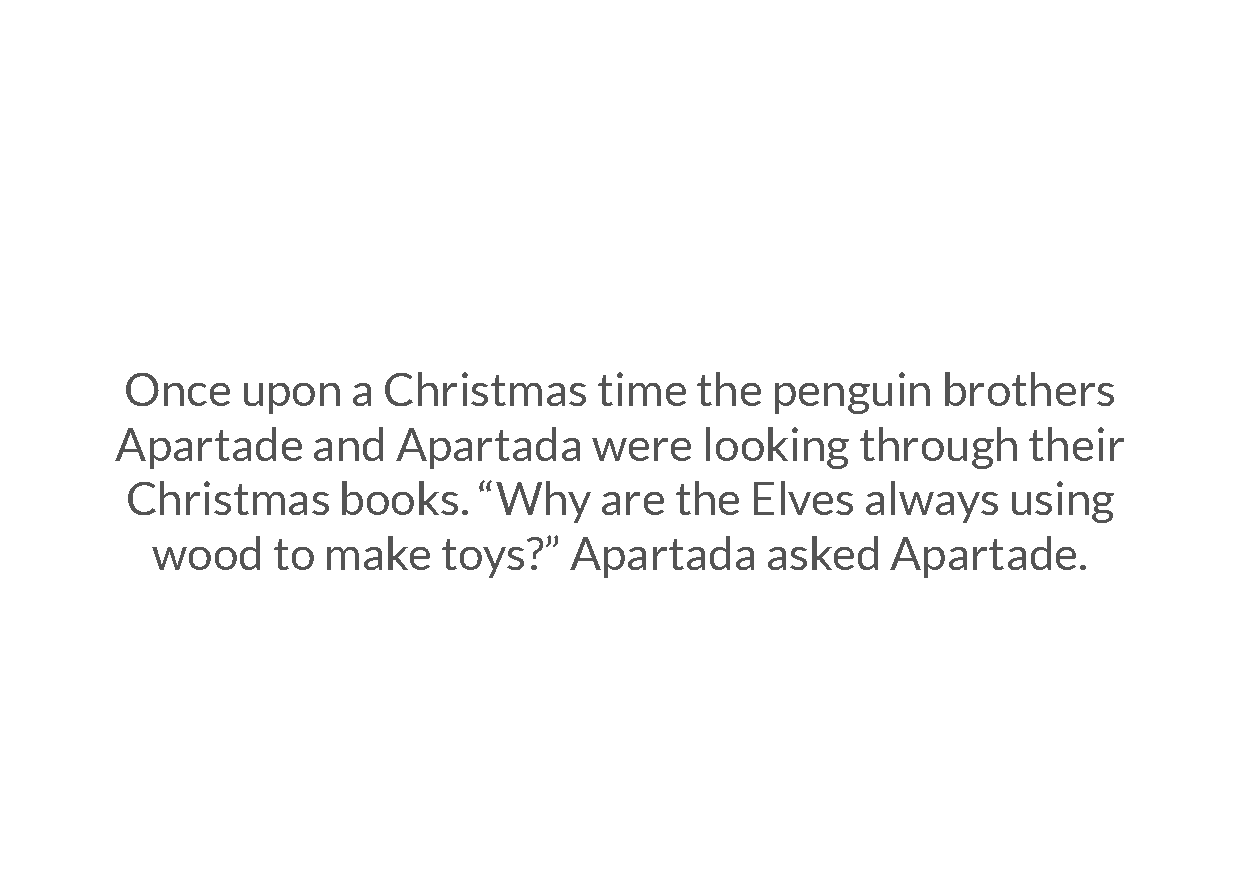
Once    upon   a Christmas      time  the  penguin    brothers
 Apartade     and  Apartada     were   looking    through    their
 Christmas     books.    “Why    are  the  Elves  always    using
 wood    to make    toys?”   Apartada     asked   Apartade.